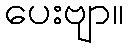
ပေးဗျာ။